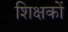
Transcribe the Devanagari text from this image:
शिक्षकों